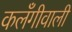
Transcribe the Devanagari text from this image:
कलँगीवाली